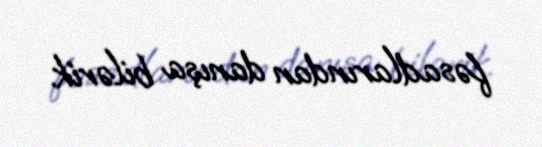
fəsadlarından danışa bilərik.